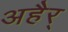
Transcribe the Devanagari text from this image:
अहैर्